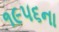
૧૯૫૬ના